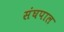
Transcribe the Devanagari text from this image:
संघपाल